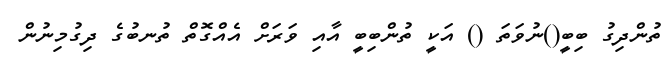
ތުންދިގު ބިބީ()ނުވަތަ () އަކީ ތުންބިބީ އާއި ވަރަށް އެއްގޮތް ތުނބުގެ ދިގުމިނުން